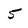
Character: 5